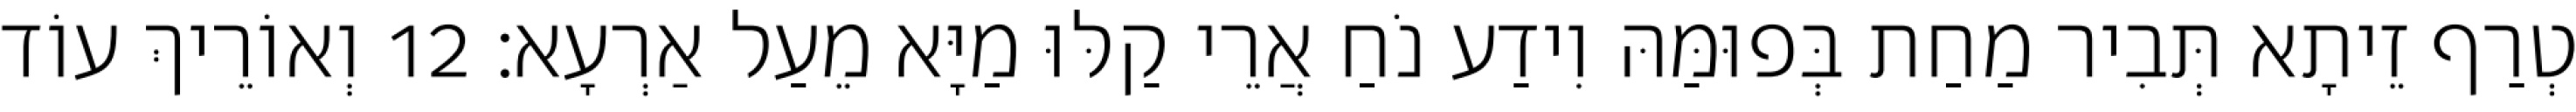
טְרַף זֵיתָא תְּבִיר מַחַת בְּפוּמַּהּ וִידַע נֹחַ אֲרֵי קַלּוּ מַיָּא מֵעַל אַרְעָא׃ 12 וְאוֹרֵיךְ עוֹד